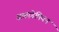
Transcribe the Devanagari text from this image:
अकाडेमियन